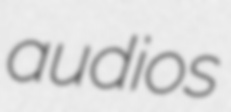
audios